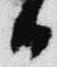
日